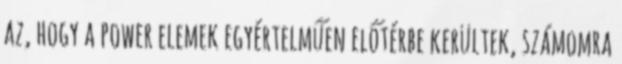
az, hogy a power elemek egyértelműen előtérbe kerültek, számomra